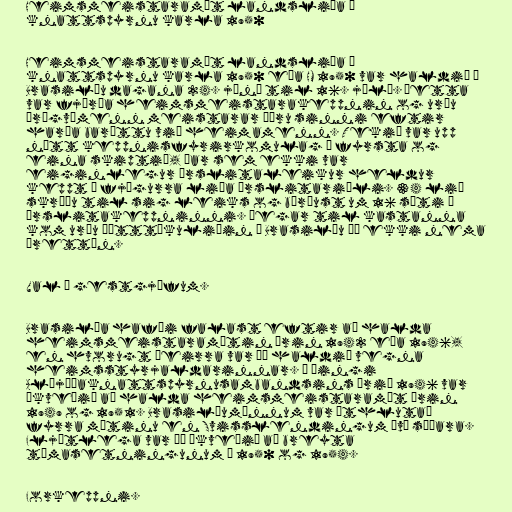
Heimsmeistaramót landsliða í
knattspyrnu karla 1950

Heimsmeistaramót landsliða í
knattspyrnu karla 1950 eða HM 1950 var haldið í
Brasilíu dagana 24. júní til 16. júlí. Þetta
var fjórða heimsmeistarakeppnin og urðu
Úrúgvæmenn meistarar öðru sinni eftir
harða baráttu við heimamenn. Tekið var upp
nýtt keppnisfyrirkomulag í fyrsta og
eina skiptið, þar sem ekki var
eiginlegur úrslitaleikur heldur
keppt í fjögurra liða úrslitariðli. 34 lið
skráðu til sig leiks og börðust um 16 sæti í
úrslitakeppninni. Þegar til kastanna
kom urðu þátttökuliðin í Brasilíu þó ekki nema
þrettán.

Val á gestgjöfum.

Brasilía hafði falast eftir að halda
heimsmeistaramótin árin 1942 eða 1946,
en hvorugt þeirra var þó haldið vegna
heimsstyrjaldarinnar. Á þingi
Alþjóðaknattspyrnusambandsins árið 1946 var
ákveðið að halda heimsmeistaramót árin
1949 og 1951. Brasilíumönnum var úthlutað
fyrra mótinu en Svisslendingum því síðara.
Fljótlega var þó ákveðið að breyta
tímasetningunum í 1950 og 1954.

Forkeppni.